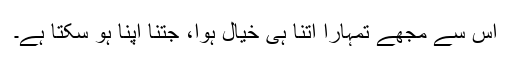
اس سے مجھے تمہارا اتنا ہی خیال ہوا، جتنا اپنا ہو سکتا ہے۔